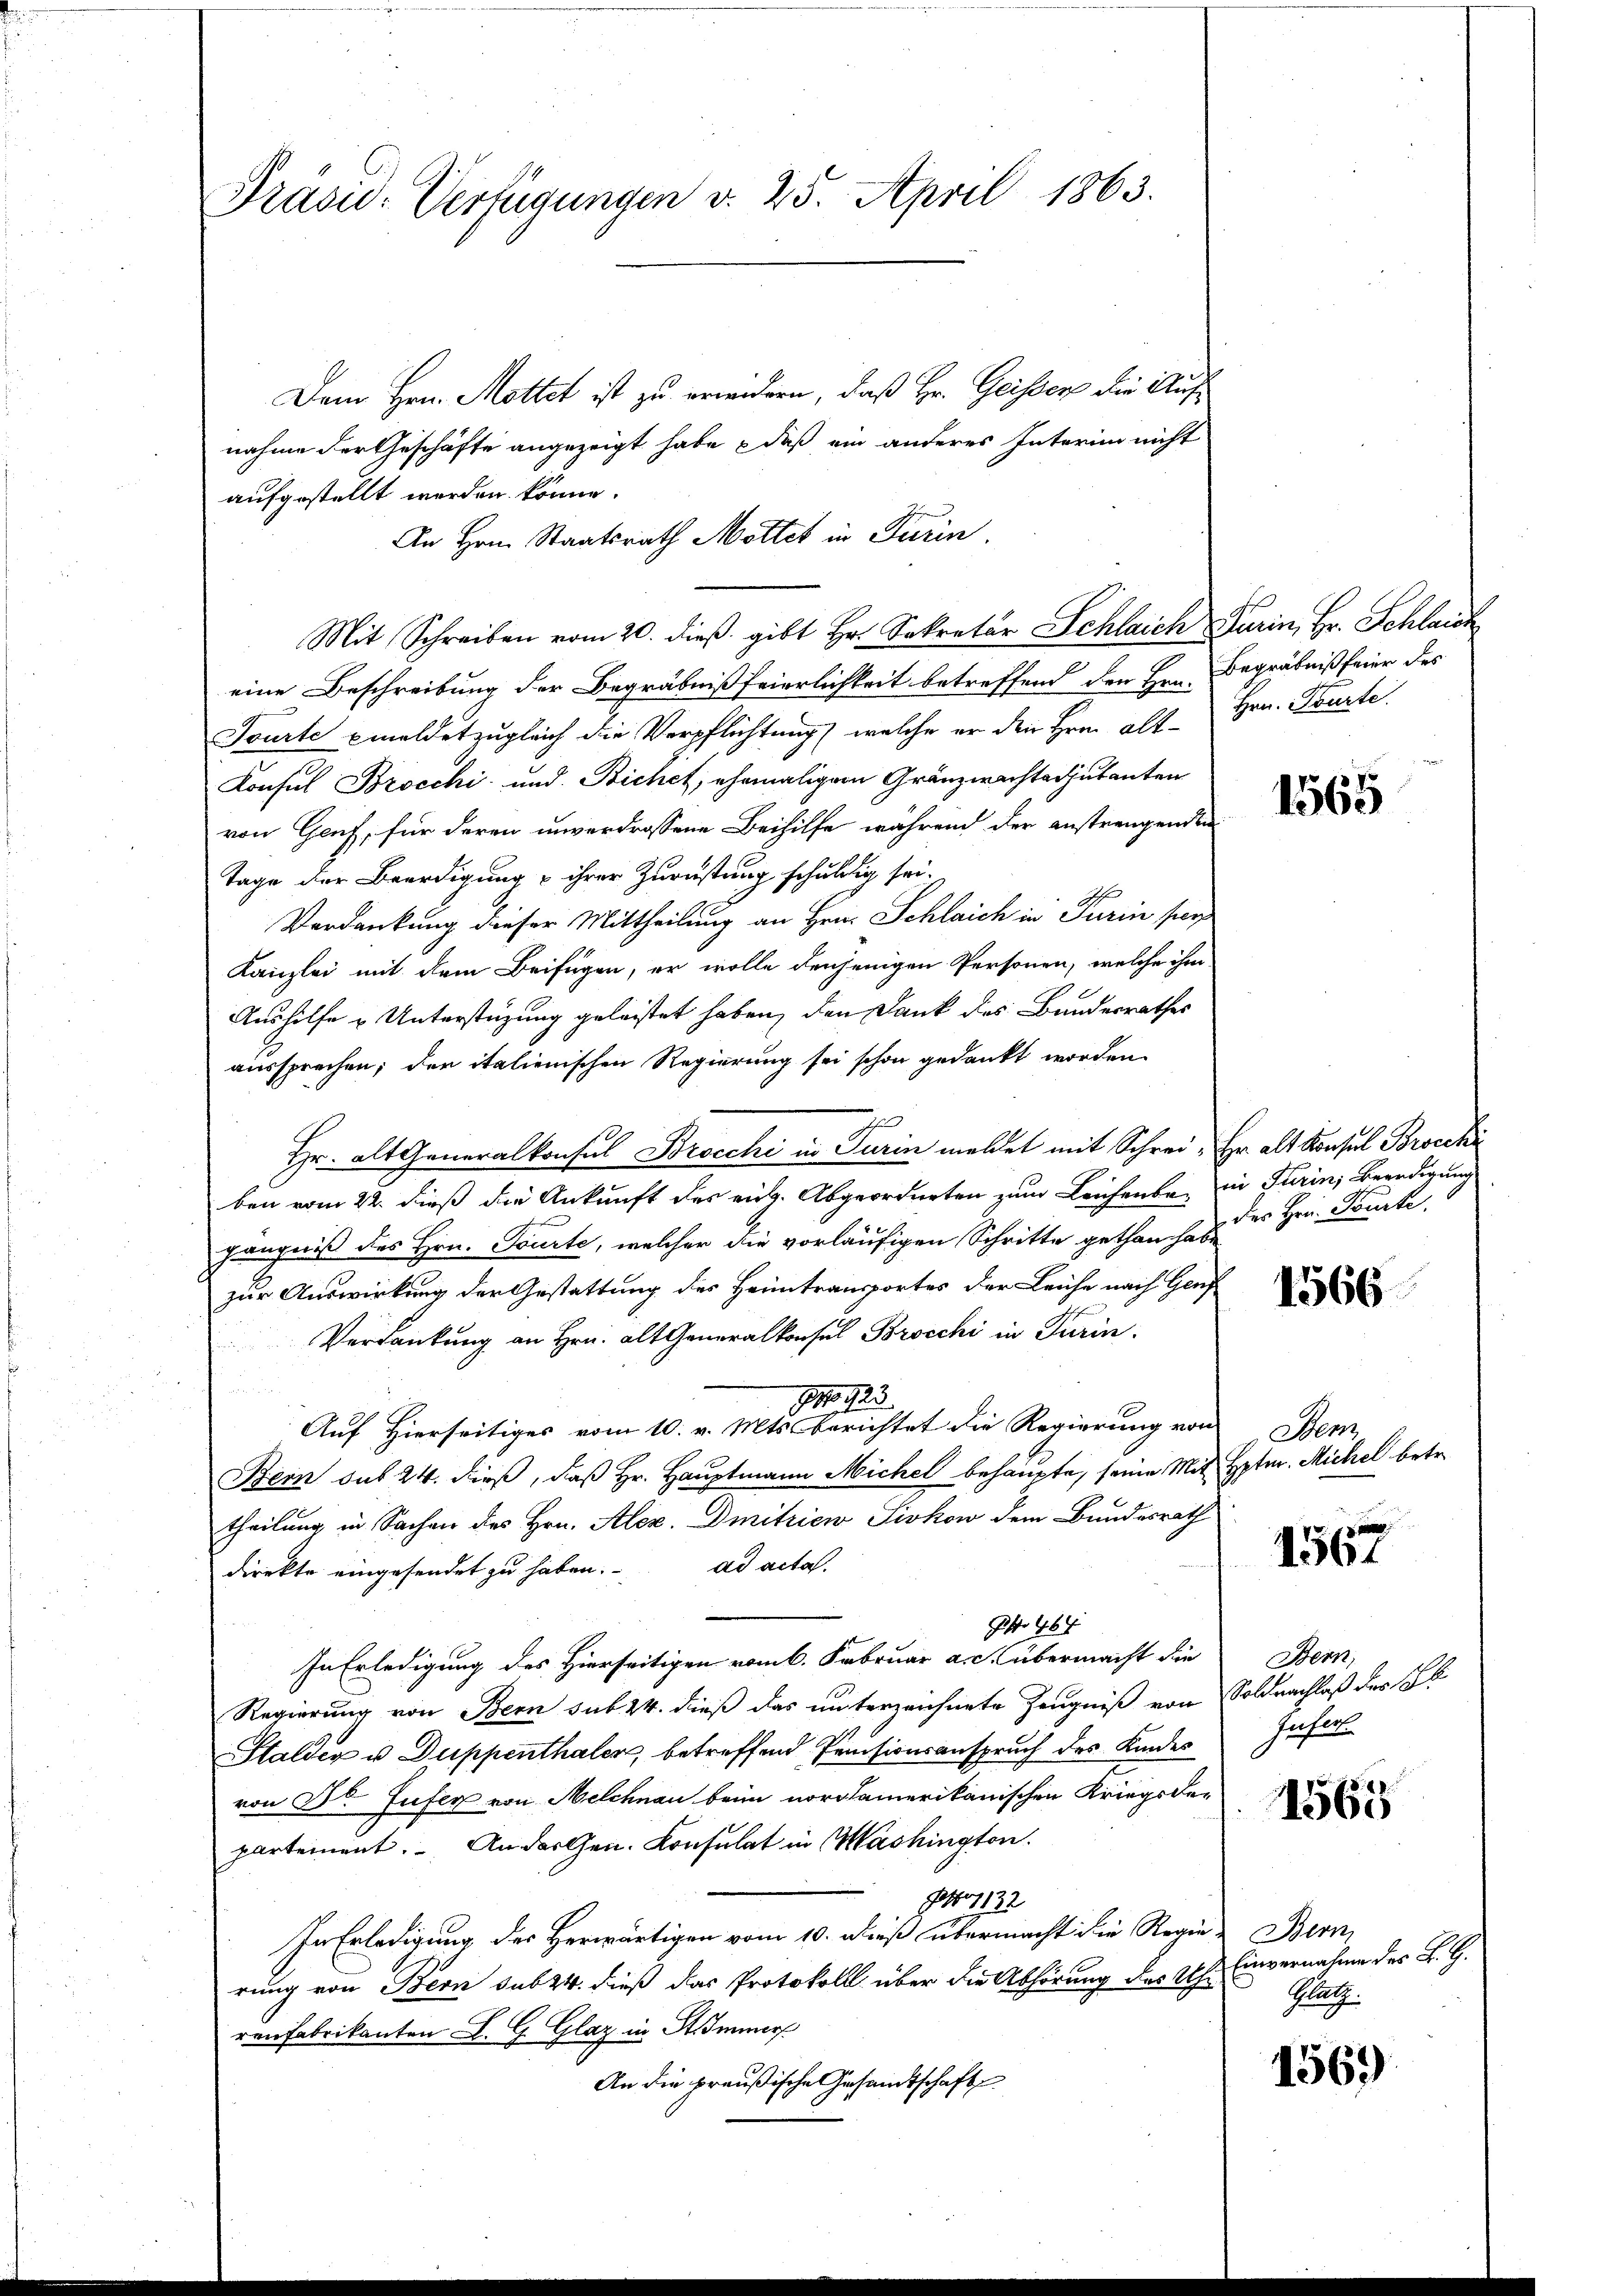
Präsid-Verfügungen v. 25. April 1863.

Dem Hrn. Mottet ist zu erwidern, daß Hr. Geister die Aufnahme der Geschäfte angezeigt habe, daß ein anderes Interin nicht
aufgestellt werden könne.
An Hrn. Staatsrath Motter in Turin.
Mit Schreiben vom 20. dieß gibt Hr. Sekretär Schlaich Gurin, Hr. Schlaich
eine Beschreibung der Begräbnißfeierlichkeit betreffend den Hrn. Begräbniß feier des
Tourte Emeldet zugleich die Verpflichtung, welche er den Herrn Alt¬
Konsul Brocchi und Bichet, ehemaliger Gränzwachterjutanten
von Genf, für deren unverdrossene Beihilfe während der anstrengenden
Tage der Beerdigung & ihrer Zurüstung schuldig sei.
Verdankung dieser Mittheilung an Hrn. Schlaich in Turin per
Kanzlei mit dem Beifügen, er wolle denjenigen Personen, welche ihm
Aushilfe u Unterstüzung geleistet haben, den Dank des Bundesrathes
aussprechen; der italienischen Regierung sei schon gedankt worden.
g
Hr. alt Generalkonsul Brocchi in Turin meldet mit Schrei- Hr. alt Konsul Brocki
ben vom 22. dieß die Ankunft des eidg. Abgeordneten zum Leichenbar in Turin, Beerdigung
fängniß des Hrn. Tourte, welcher die vorläufigen Schritte gethan habe
zur Auswirkung der Gestattung des Heimtransportes der Leiche nach Gen
Verdankung an Hrn. alt Generalkonsul Brocchi in Turin,
9 No 123.
Auf Hierseitiges vom 10. v. Mts. berichtet die Regierung von
Bern sub 24. dieß, daß Hr. Hauptmann Michel behaupte, seine Mittheilung in Sachen des Hrn. Alex. Dmnitzien Sivkow dem Bundesrath
direkte eingesendet zu haben. ad acta.
 6
In Erledigung des Hierseitigen vom 6. Februar a. c. übermacht die
Regierung von Bern sub. 24. dieß das unterzeichnete Zeugniß von
Halder u. Duppenthaler, betreffend Pensionsanspruch des Kinder
von Dr. Zufer von Melchnau beim nordamerikanischen Kriegsde-
partement. An der Gen. Konsulat in Washington.
o1132
In Erledigung des Herwärtigen vom 10. dieß übermacht die Regie-
rung von Bern sub 24. dieß das Protokoll über die Abhörung des Uhr
renfabrikanten L. G. Glaz in Stimmer
An die preußische Gesandtschaft

Hrn. Tourte

1565

des Hrn. Tourte

1566

Senz
Hptm. Michel betr.

1561

Bern,
Soldnachlaß des S
Guhl

.47
1560

Bern
Einvernahme des K. G.
Glag

1569)